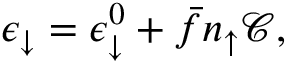
\epsilon _ { \downarrow } = \epsilon _ { \downarrow } ^ { 0 } + \bar { f } n _ { \uparrow } { \mathcal C } ,